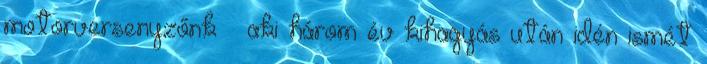
motorversenyzőnk – aki három év kihagyás után idén ismét